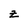
Character: Z